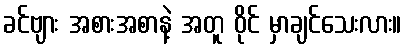
ခင်ဗျား အစားအစာနဲ့ အတူ ဝိုင် မှာချင်သေးလား။